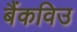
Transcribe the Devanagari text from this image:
बैंकविउ